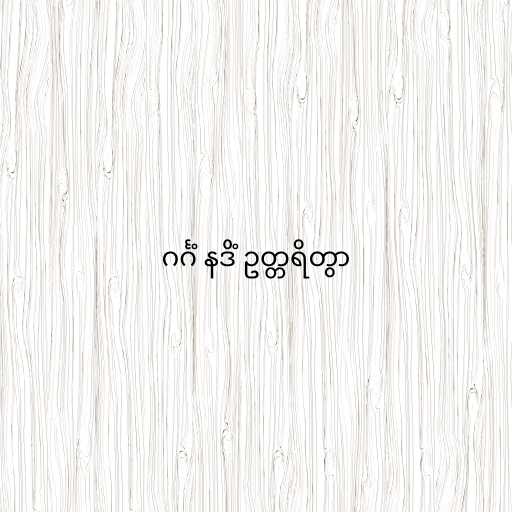
ဂင်္ဂံ နဒိံ ဥတ္တရိတွာ